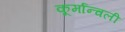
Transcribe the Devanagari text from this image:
कूर्मान्चली